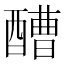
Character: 醩